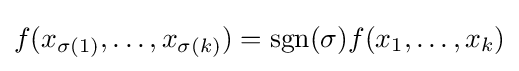
f(x_{\sigma (1)},\ldots ,x_{\sigma (k)})=\operatorname {sgn}(\sigma )f(x_{1},\ldots ,x_{k})